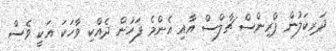
ދަރިކަލުން ޕްރިންސް ޗާލްސް އާއި އެންމެ ފަހުން ދެއްކި ވާހަކަ އަކީ ވެސް